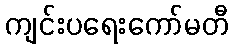
ကျင်းပရေးကော်မတီ